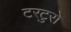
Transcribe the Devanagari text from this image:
टरटुरो